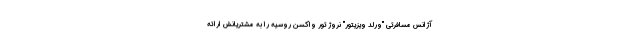
آژانس مسافرتی "ورلد ویزیتور" نروژ تور واکسن روسیه را به مشتریانش ارائه